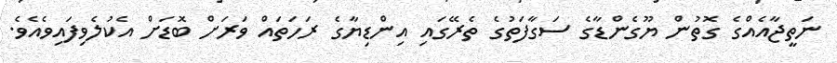
ނަތީޖާއެއްގެ ގޮތުން ޔޫގެންޑާގެ ސަގާފަތުގެ ތެރޭގައި އިންޑިޔާގެ ރަހަތައް ވަރަށް ބޮޑަށް އެކުލެވިފައިވެއެވެ.